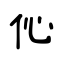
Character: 伈